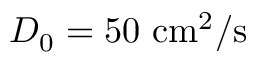
D _ { 0 } = 5 0 \ \mathrm { { c m ^ { 2 } / s } }